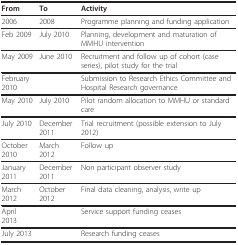
| From | To | Activity |
 | --- | --- | --- |
 | 2006 | 2008 | Programme planning and funding application |
 | Feb 2009 | July 2010 | Planning, development and maturation of MMHU intervention |
 | May 2009 | June 2010 | Recruitment and follow up of cohort (case series), pilot study for the trial |
 | February 2010 |  | Submission to Research Ethics Committee and Hospital Research governance |
 | May 2010 | July 2010 | Pilot random allocation to MMHU or standard care |
 | July 2010 | December 2011 | Trial recruitment (possible extension to July 2012) |
 | October 2010 | March 2012 | Follow up |
 | January 2011 | December 2011 | Non participant observer study |
 | March 2012 | October 2012 | Final data cleaning, analysis, write up |
 | April 2013 |  | Service support funding ceases |
 | July 2013 |  | Research funding ceases |